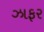
ઝાફર